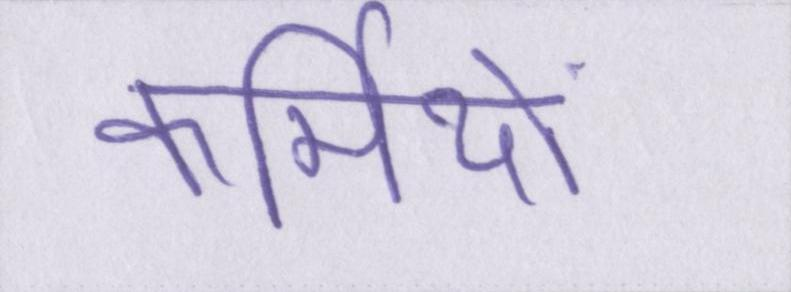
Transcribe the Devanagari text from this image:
कर्मियों